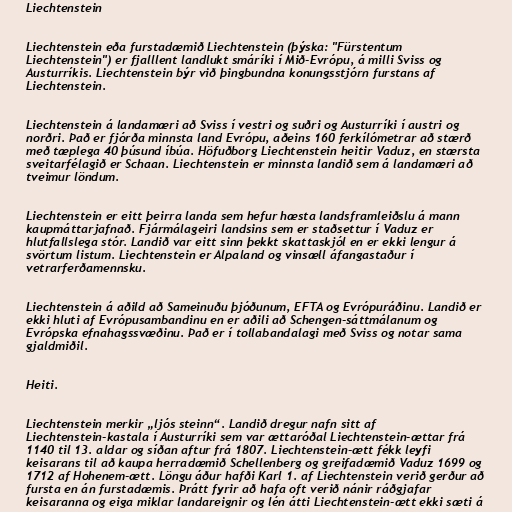
Liechtenstein

Liechtenstein eða furstadæmið Liechtenstein (þýska: "Fürstentum
Liechtenstein") er fjalllent landlukt smáríki í Mið-Evrópu, á milli Sviss og
Austurríkis. Liechtenstein býr við þingbundna konungsstjórn furstans af
Liechtenstein.

Liechtenstein á landamæri að Sviss í vestri og suðri og Austurríki í austri og
norðri. Það er fjórða minnsta land Evrópu, aðeins 160 ferkílómetrar að stærð
með tæplega 40 þúsund íbúa. Höfuðborg Liechtenstein heitir Vaduz, en stærsta
sveitarfélagið er Schaan. Liechtenstein er minnsta landið sem á landamæri að
tveimur löndum.

Liechtenstein er eitt þeirra landa sem hefur hæsta landsframleiðslu á mann
kaupmáttarjafnað. Fjármálageiri landsins sem er staðsettur í Vaduz er
hlutfallslega stór. Landið var eitt sinn þekkt skattaskjól en er ekki lengur á
svörtum listum. Liechtenstein er Alpaland og vinsæll áfangastaður í
vetrarferðamennsku.

Liechtenstein á aðild að Sameinuðu þjóðunum, EFTA og Evrópuráðinu. Landið er
ekki hluti af Evrópusambandinu en er aðili að Schengen-sáttmálanum og
Evrópska efnahagssvæðinu. Það er í tollabandalagi með Sviss og notar sama
gjaldmiðil.

Heiti.

Liechtenstein merkir „ljós steinn“. Landið dregur nafn sitt af
Liechtenstein-kastala í Austurríki sem var ættaróðal Liechtenstein-ættar frá
1140 til 13. aldar og síðan aftur frá 1807. Liechtenstein-ætt fékk leyfi
keisarans til að kaupa herradæmið Schellenberg og greifadæmið Vaduz 1699 og
1712 af Hohenem-ætt. Löngu áður hafði Karl 1. af Liechtenstein verið gerður að
fursta en án furstadæmis. Þrátt fyrir að hafa oft verið nánir ráðgjafar
keisaranna og eiga miklar landareignir og lén átti Liechtenstein-ætt ekki sæti á